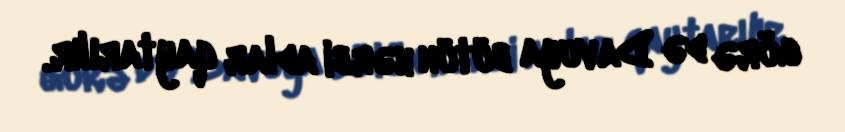
görə də Davuya bütün hərbi adlar qaytarılır.